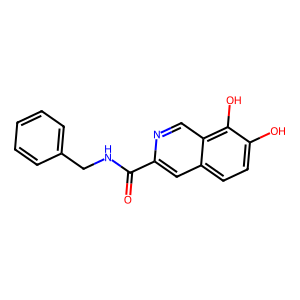
SMILES: O=C(NCc1ccccc1)c1cc2ccc(O)c(O)c2cn1
Inhibits HIV replication: No